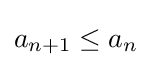
a_{n+1}\leq a_{n}